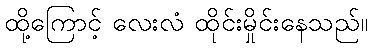
ထို့ကြောင့် လေးလံ ထိုင်းမှိုင်းနေသည်။